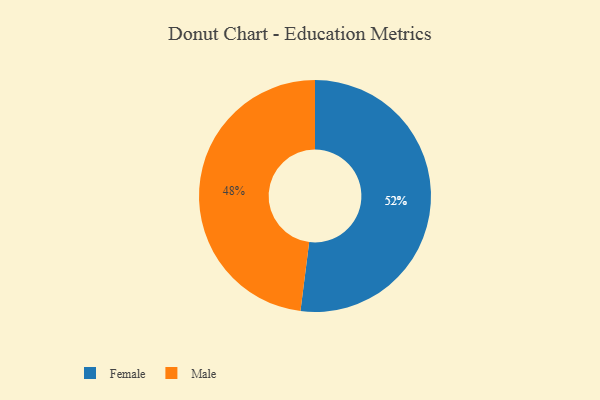
{"axis": {"x": "Category", "y": "Percentage"}, "legend": ["Female", "Male"], "data": [{"x": "Male", "y": 48, "type": "Male"}, {"x": "Female", "y": 52, "type": "Female"}]}